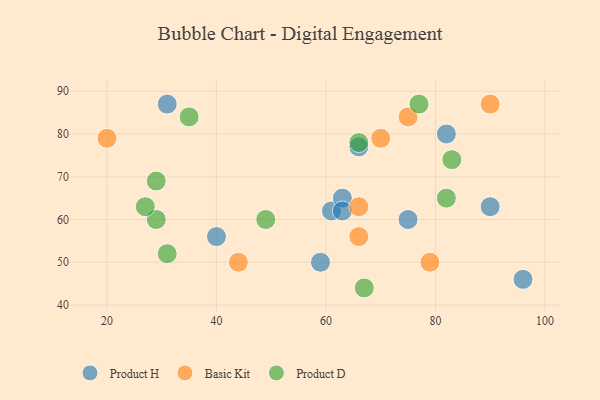
{"axis": {"x": "GDP", "y": "Life Expectancy"}, "legend": ["Basic Kit", "Product D", "Product H"], "data": [{"x": "61", "y": 62, "type": "Product H"}, {"x": "90", "y": 63, "type": "Product H"}, {"x": "63", "y": 65, "type": "Product H"}, {"x": "66", "y": 77, "type": "Product H"}, {"x": "63", "y": 62, "type": "Product H"}, {"x": "75", "y": 60, "type": "Product H"}, {"x": "31", "y": 87, "type": "Product H"}, {"x": "40", "y": 56, "type": "Product H"}, {"x": "59", "y": 50, "type": "Product H"}, {"x": "96", "y": 46, "type": "Product H"}, {"x": "82", "y": 80, "type": "Product H"}, {"x": "70", "y": 79, "type": "Basic Kit"}, {"x": "44", "y": 50, "type": "Basic Kit"}, {"x": "20", "y": 79, "type": "Basic Kit"}, {"x": "66", "y": 63, "type": "Basic Kit"}, {"x": "75", "y": 84, "type": "Basic Kit"}, {"x": "79", "y": 50, "type": "Basic Kit"}, {"x": "90", "y": 87, "type": "Basic Kit"}, {"x": "66", "y": 56, "type": "Basic Kit"}, {"x": "29", "y": 60, "type": "Product D"}, {"x": "66", "y": 78, "type": "Product D"}, {"x": "82", "y": 65, "type": "Product D"}, {"x": "31", "y": 52, "type": "Product D"}, {"x": "77", "y": 87, "type": "Product D"}, {"x": "49", "y": 60, "type": "Product D"}, {"x": "67", "y": 44, "type": "Product D"}, {"x": "29", "y": 69, "type": "Product D"}, {"x": "83", "y": 74, "type": "Product D"}, {"x": "35", "y": 84, "type": "Product D"}, {"x": "27", "y": 63, "type": "Product D"}]}